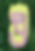
উ